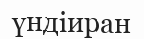
үндіиран